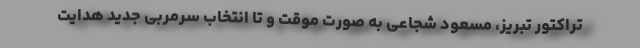
تراکتور تبریز، مسعود شجاعی به صورت موقت و تا انتخاب سرمربی جدید هدایت